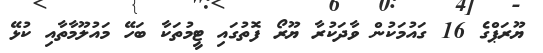
ޔޫރަޕްގެ 16 ގައުމަކުން ވާދަކުރާ ޔޫރޯ ފޮތުގައި ޓީމުތަކާ ބަހޭ މައުލޫމާތާއި ކުޅޭ